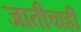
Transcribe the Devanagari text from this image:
जातीचाही